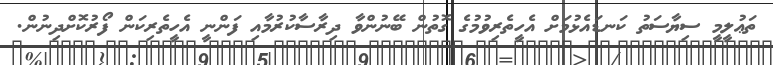
ތަޢުލީމީ ސިޔާސަތު ކަނޑައެޅުމަށް އެހީތެރިވުމުގެ ގޮތުން ބޭނުންވާ ދިރާސާކުރުމާއި ފަންނީ އެހީތެރިކަން ފޯރުކޮށްދިނުން.